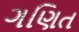
ગણિત